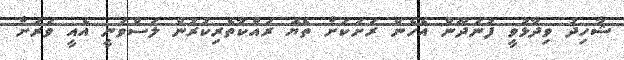
ޝާހިދު ވިދާޅުވީ ފުނަދޫން އެހެން ރަށަކަށް ތެޔޮ ރައްކާތެރިކުރުން ލަސްވަނީ އެއީ ވަރަށް